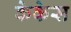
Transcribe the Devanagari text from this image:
केकेस